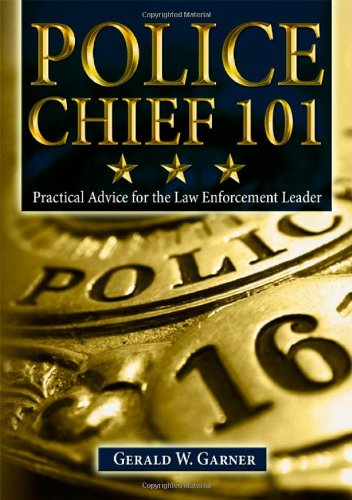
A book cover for Police Chief 101: Practical Advice for the Law Enforcement Leader; Gerald W. Garner; Law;